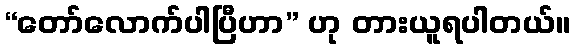
“တော်လောက်ပါပြီဟာ” ဟု တားယူရပါတယ်။